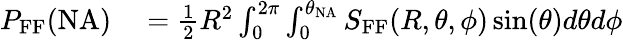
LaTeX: \begin{array}{rl}{P_{\textrm{FF}}(\textrm{NA})}&{{}=\frac{1}{2}R^{2}\int_{0}^{2\pi}\int_{0}^{\theta_{\textrm{NA}}}S_{\textrm{FF}}(R,\theta,\phi)\sin(\theta)d\theta d\phi}\end{array}